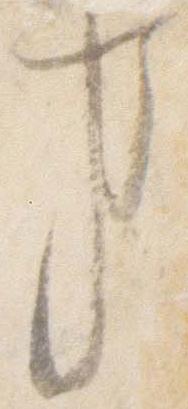
事